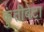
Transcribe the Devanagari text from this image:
कुंतीबेटा